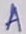
Text: A